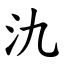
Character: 氿